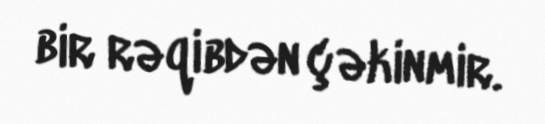
bir rəqibdən çəkinmir.